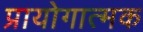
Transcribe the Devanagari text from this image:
प्रायोगात्मक